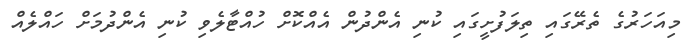
މިއަހަރުގެ ތެރޭގައި ތިލަފުށީގައި ކުނި އެންދުން އެއްކޮށް ހުއްޓާލެވި ކުނި އެންދުމަށް ހައްލެއް